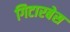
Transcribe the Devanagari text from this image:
गिटारबेस